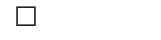
٤